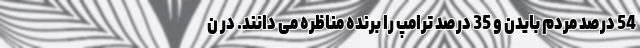
54 درصد مردم بایدن و 35 درصد ترامپ را برنده مناظره می دانند. در ن